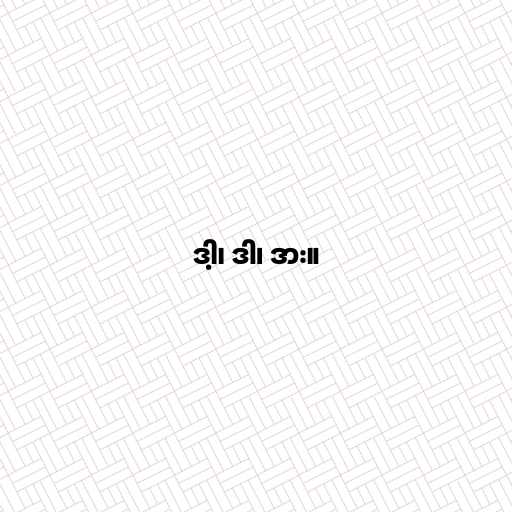
ဒါ့၊ ဒါ၊ ဒား။